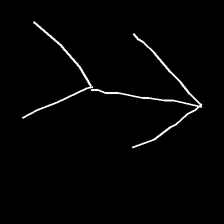
Glyph: gather